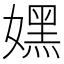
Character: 嫼